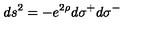
\: d s ^ { 2 } = - e ^ { 2 \rho } d \sigma ^ { + } d \sigma ^ { - } \: